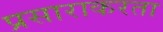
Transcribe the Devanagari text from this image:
प्रसाराकरता